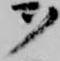
ヲ